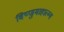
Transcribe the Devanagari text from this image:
विष्णुमाहात्म्य